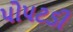
પોપટડી